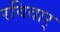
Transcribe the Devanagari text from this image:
रविवार्